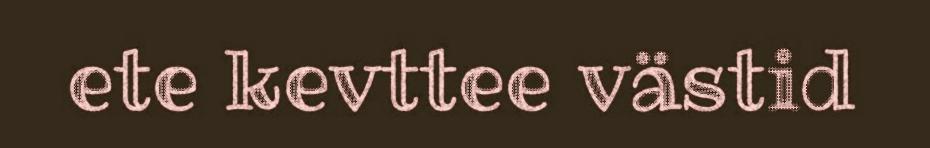
ete kevttee västid